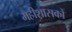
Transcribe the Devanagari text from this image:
महीशासकों